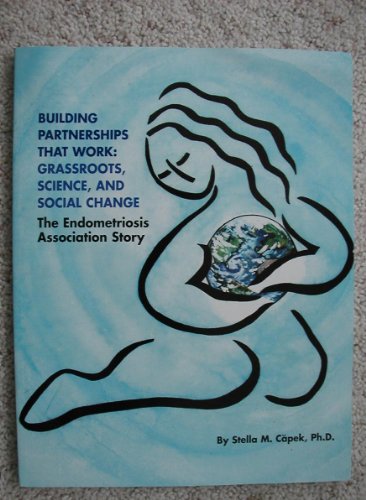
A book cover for Building Partnerships That Work: Grassroots Science and Social Change - The Endometriosis Association Story; Stella M. Capek; Health, Fitness & Dieting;